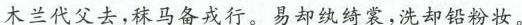
木兰代父去，秣马备戎行。易却纨绮裳，洗却铅粉妆。